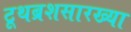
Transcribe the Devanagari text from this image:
टूथब्रशसारख्या